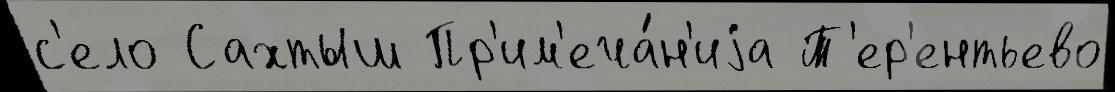
с'ело Сахтыш Пр'им'еча́н'иjа Т'ер'ентьево